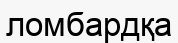
ломбардқа